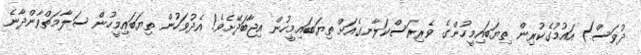
ދުވަސް) އައުމުގެކުރިން ތިޔަބައިމީހުންގެ ވެރިރަސްކަލާނގެއަށް ތިޔަބައިމީހުން އިޖާބަދޭށެވެ! އެދުވަހުން ތިޔަބައިމީހުން ސަލާމަތްވާންދާނެ